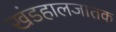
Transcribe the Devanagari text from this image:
खंडहालजातक